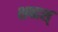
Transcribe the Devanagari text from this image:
शब्दश्